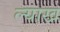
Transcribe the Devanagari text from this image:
ल्याख